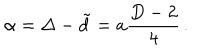
LaTeX: \alpha = \Delta - \tilde { d } = a { \frac { D - 2 } { 4 } } \, .